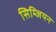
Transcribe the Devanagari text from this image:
सिम्जियन